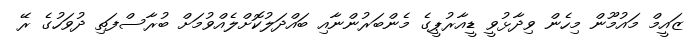
ޒައީމް މައުމޫން މިހެން ވިދާޅުވީ ޑީއާރުޕީގެ މެންބަރުންނާއި ބައްދަލުކޮށްލެއްވުމަށް ބުރާސްފަތި ދުވަހުގެ ރޭ